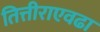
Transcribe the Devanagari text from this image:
तित्तीराएवढा